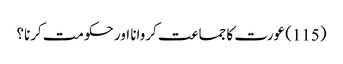
(115) عورت کا جماعت کروانا اور حکومت کرنا؟